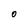
Character: 0